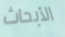
الأبحاث